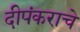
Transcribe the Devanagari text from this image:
दीपंकराचे